Indian journal of veterinary science and animal husbandry - Volumes 28-29, 1958-1959
Year: 1958
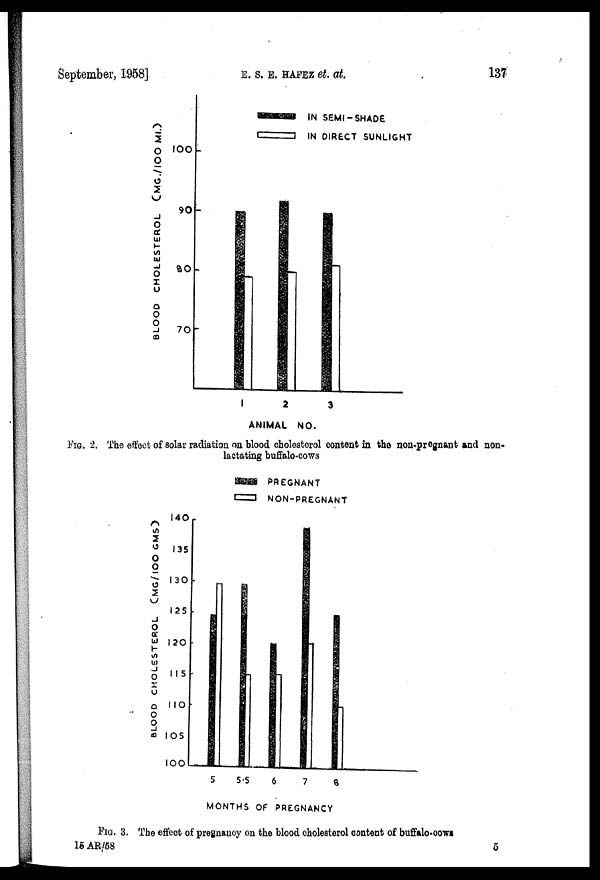
September, 1958] E. S. E. HAFEZ et.
at.
137
FIG. 2. The effect of solar radiation on blood cholesterol content in the non-pregnant and non-
lactating buffalo-cows
FIG. 3. The effect of pregnancy on the blood cholesterol content of buffalo-cows
15 AR/58
5